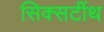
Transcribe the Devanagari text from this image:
सिक्सटींथ